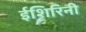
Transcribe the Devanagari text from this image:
ईशिरिनी